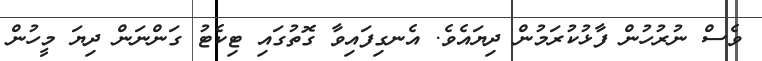
ވެސް ނުރުހުން ފާޅުކުރަމުން ދިޔައެވެ. އެނގިފައިވާ ގޮތުގައި ޓިކެޓު ގަންނަން ދިޔަ މީހުން